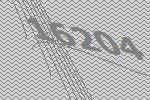
16204